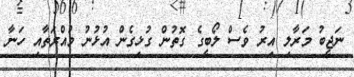
ނަޖީބު މަރާލި އިރު ވެސް ލޯބީގެ ގޮތުން ގުޅިގެން އުޅުނު މުއްރަތާއި ހަނާ